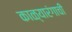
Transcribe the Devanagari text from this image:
काळ्यारंगाची